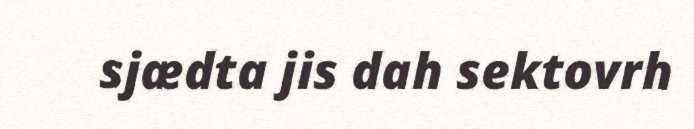
sjædta jis dah sektovrh